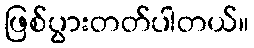
ဖြစ်ပွားတတ်ပါတယ်။